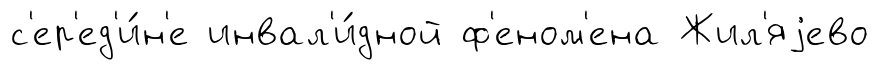
с'ер'ед'и́н'е инвал'и́дной ф'еном'ена Жил'яjево